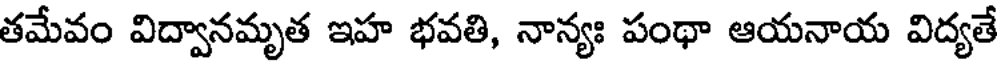
తమేవం విద్వానమృత ఇహ భవతి, నాన్యః పంథా ఆయనాయ విద్యతే